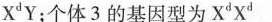
X^{d}Y；个体3的基因型为X^{d}X^{d}